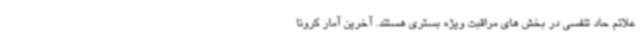
علائم حاد تنفسی در بخش های مراقبت ویژه بستری هستند. آخرین آمار کرونا